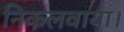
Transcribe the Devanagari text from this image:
निकलवाया।